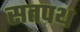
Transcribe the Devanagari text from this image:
सतपथ